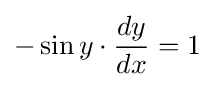
-\sin y\cdot {dy \over dx}=1